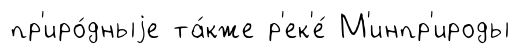
пр'иро́дныjе та́кже р'ек'е́ М'инпр'ироды